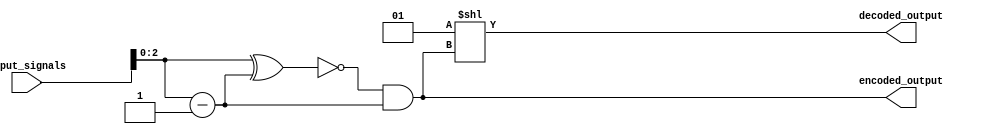
module priority_encoder_decoder (
    input [7:0] input_signals,
    output [2:0] encoded_output,
    output [7:0] decoded_output
);

    // Priority Encoder Module
    assign encoded_output = ~(input_signals ^ (input_signals - 1)) & (input_signals - 1);

    // Decoder Module
    assign decoded_output = 1 << encoded_output;

endmodule